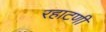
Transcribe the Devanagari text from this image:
रहाटणी